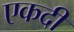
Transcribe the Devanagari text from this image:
एकदी